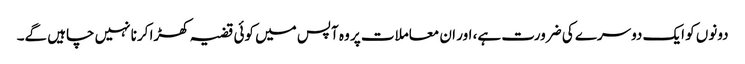
دونوں کو ایک دوسرے کی ضرورت ہے، اور ان معاملات پر وہ آپس میں کوئی قضیہ کھڑا کرنا نہیں چاہیں گے۔